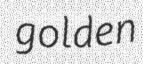
golden